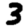
Digit: 3